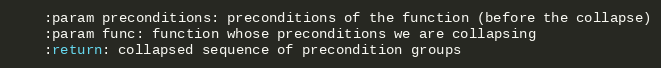
Language: Python
    :param preconditions: preconditions of the function (before the collapse)
    :param func: function whose preconditions we are collapsing
    :return: collapsed sequence of precondition groups